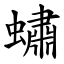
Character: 蟰